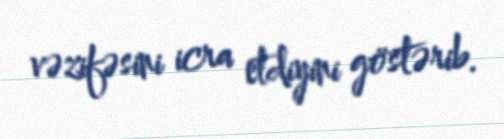
vəzifəsini icra etdiyini göstərib.